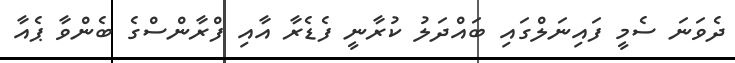
ދެވަނަ ސެމީ ފައިނަލްގައި ބައްދަލު ކުރާނީ ފެޑެރާ އާއި ފްރާންސްގެ ބެންވާ ޕެއާ